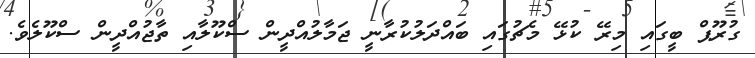
ގުރޫޕް ބީގައި މިރޭ ކުޅޭ މެޗުގައި ބައްދަލުކުރާނީ ޖަމާލުއްދީން ސްކޫލާއި ތާޖުއްދީން ސްކޫލެވެ.